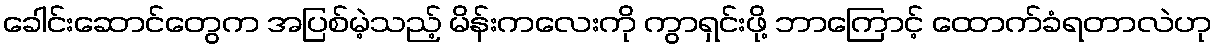
ခေါင်းဆောင်တွေက အပြစ်မဲ့သည့် မိန်းကလေးကို ကွာရှင်းဖို့ ဘာကြောင့် ထောက်ခံရတာလဲဟု